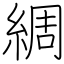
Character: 綢